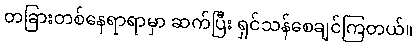
တခြားတစ်နေရာရာမှာ ဆက်ပြီး ရှင်သန်စေချင်ကြတယ်။